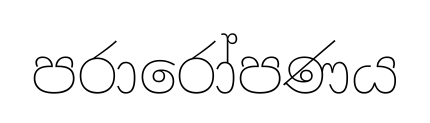
පරාරෝපණය